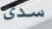
سدى